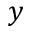
y